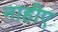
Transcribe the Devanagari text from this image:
नाहीए